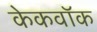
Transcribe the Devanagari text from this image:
केकवॉक